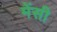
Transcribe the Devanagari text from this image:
मेंसी